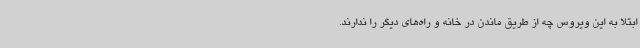
ابتلا به این ویروس چه از طریق ماندن در خانه و راه‌های دیگر را ندارند.